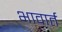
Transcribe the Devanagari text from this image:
भावार्त